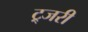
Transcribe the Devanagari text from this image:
ट्र्जरी